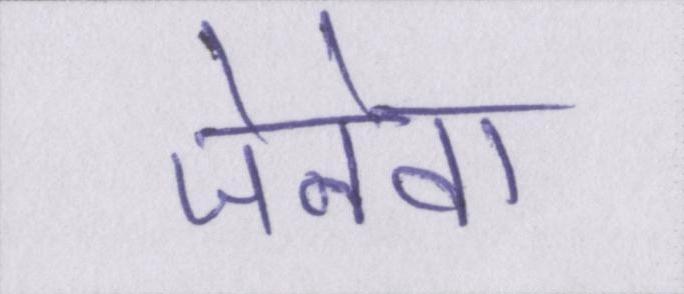
जेनेवा